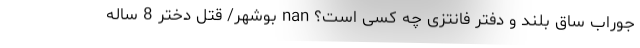
جوراب ساق بلند و دفتر فانتزی چه کسی است؟ nan بوشهر/ قتل دختر 8 ساله